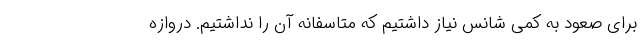
برای صعود به کمی شانس نیاز داشتیم که متاسفانه آن را نداشتیم. دروازه